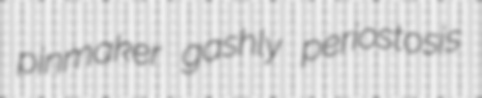
pinmaker gashly periostosis